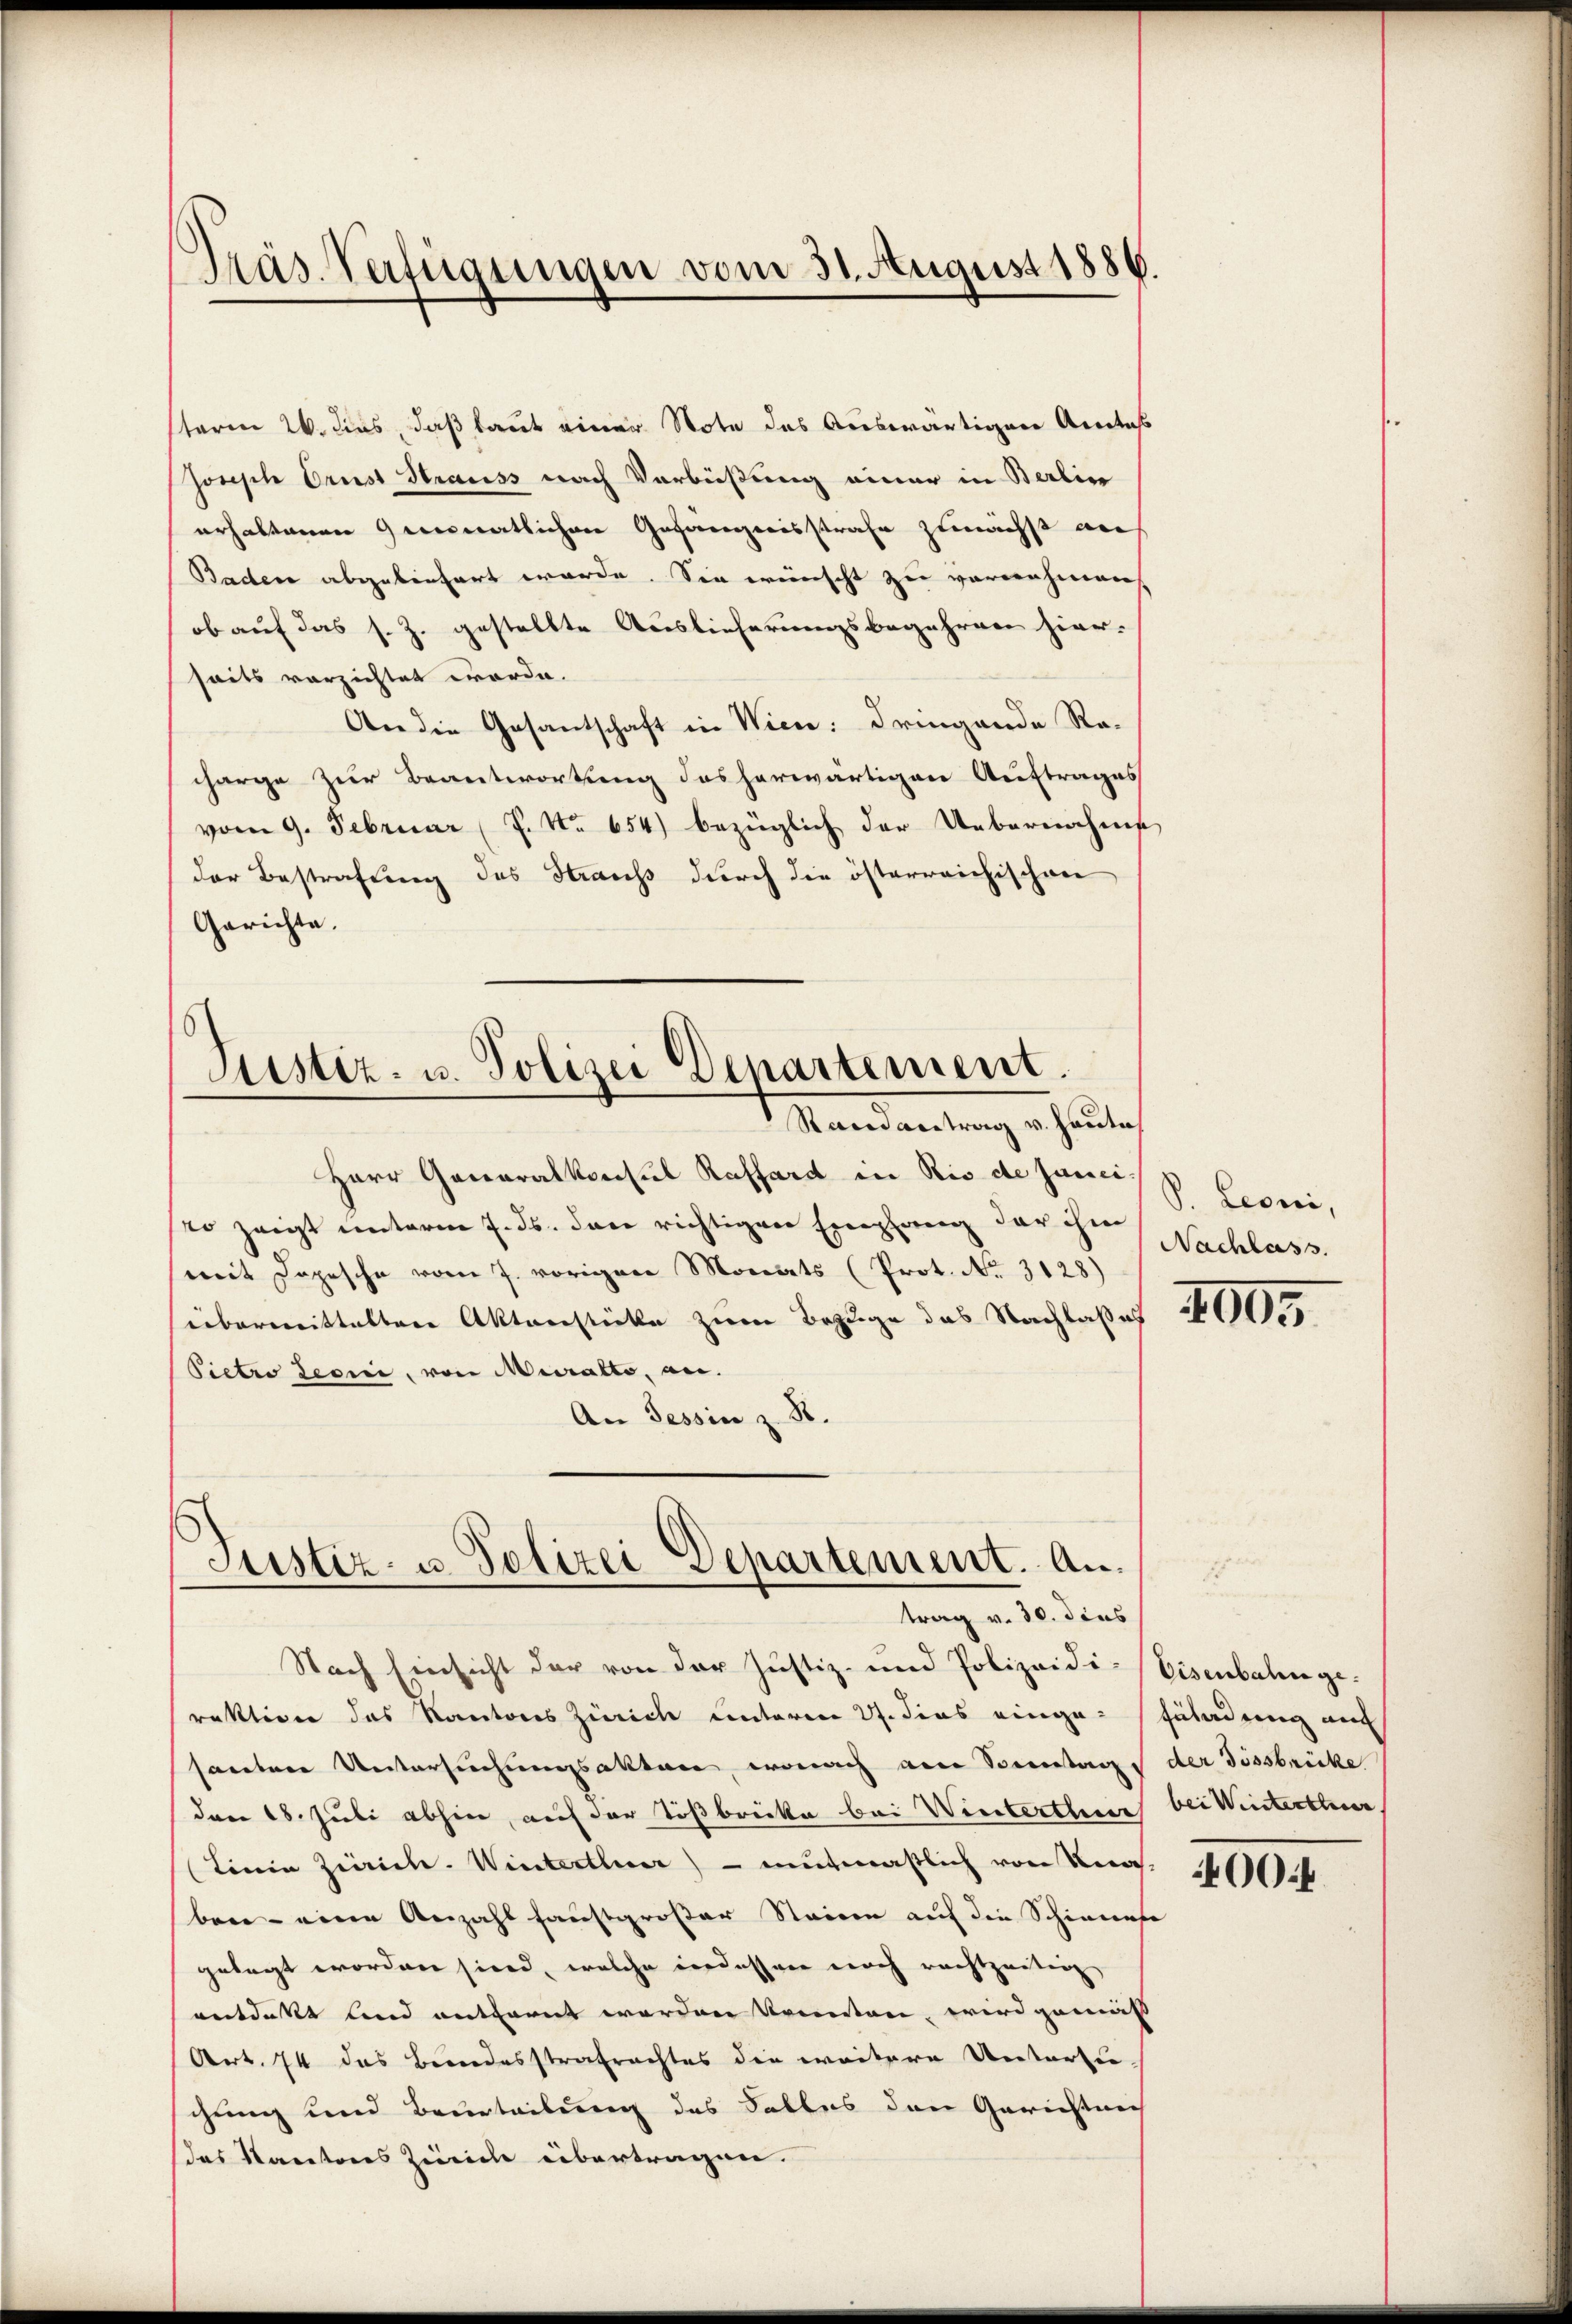
term 26. dies, daß laut einer Note des Auswärtigen Anlass
Joseph Orust Strauss nach Verbüßung einer in Berlin
erhaltenen monatlichen Gesangenisstrafe zunächst an
Baden abgeliefert werde. Sie wünscht zu vernehmen
ob auf das s. Z. gestellte Auslieferungsbegehren hier-
seits verzichtet worde.
An die Gesantschaft in Wien: dringende Recharge zur Beantwortung des herwärtigen Auftrages
vom 9. Februar (P. Nr. 654) bezüglich der Uebernahms
der Bestrafung des Krauss durch die österreichischen
Gerichte.

Präs-Verfügungen vom 31. August 1886.

Justiz- u. Polizei Departement.
Randantrag v. Haute

Herr Generalkonsul Raffard in Rio de Janei-
so zeigt unterm 7. ds. dann richtigen Empfang der ihm
mit Depesche vom 7. vorigen Monats (Prot. No. 3128)
übermitteltere Aktversticke zum Bezuge das Nachlasses
Pietro Leoni, von Muralto, an.
An Tessin z. B.

Justiz- u. Polizei Departement. Antrag v. 30. dies
Nach Einsicht der von der Justiz- und Polizeidi-Eisenbahn ge-

P. Leoni,
Nachlass.

raktiven das Kantons Zürich unteren 27. dies einge-Füladung au
sarebene Untersuchungsakter, wonach am Sonntags der Tissbrücke
dann 18. Juli abhin, auf der Tößbrücke bei Wintertheuer bei Winterther
Linie Zürich. Winterthurer) - mutmastlich von Vera
bare eine Anzahl faustgroßer Stainen auf die Schinnahe
gelegt worden sind, welche Fordessere noch rechtzeitig
entdekt lind entfernt worden Krienten, wird gemäss |
Art. 74 das Bundesstrafrachtes die weitere Untersu
chung und Beurteilung des Falles den Gerichtnis
das Kantons Zürich übertragen.

4005

00:4